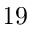
1 9